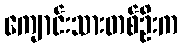
ကျောင်းသားတစ်ဦးက